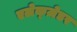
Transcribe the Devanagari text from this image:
एलेक्ज़ेडर